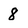
Character: 8